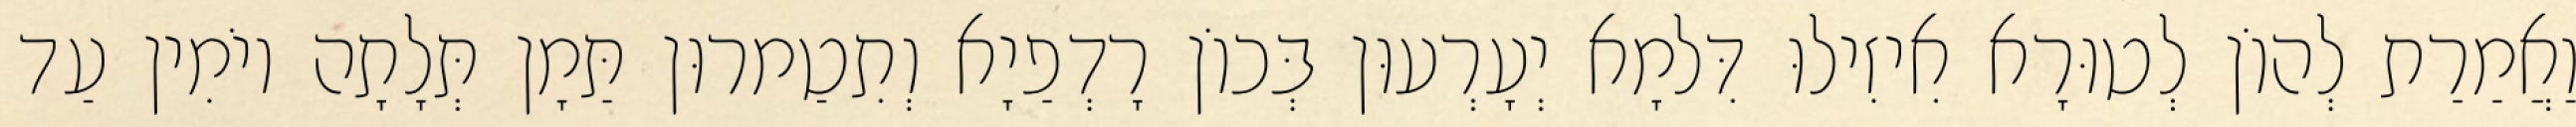
וַאֲמַרַת לְהוֹן לְטוּרָא אִיזִילוּ דִּלמָא יְעָרְעוּן בְּכוֹן רָדְפַיָא וְתִטַמרוּן תַּמָן תְּלָתָה יוֹמִין עַד